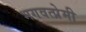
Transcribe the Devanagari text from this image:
भगवत्प्रेमी